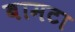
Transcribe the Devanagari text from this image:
बामटा